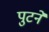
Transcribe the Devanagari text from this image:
पुटने